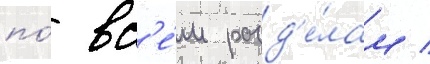
по́ вс'е́м разд'е́лам /